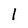
Character: 1